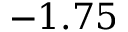
- 1 . 7 5